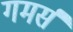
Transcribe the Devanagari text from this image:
गमर्स